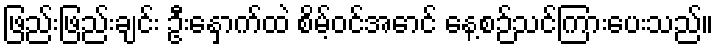
ဖြည်းဖြည်းချင်း ဦးနှောက်ထဲ စိမ့်ဝင်အောင် နေ့စဉ်သင်ကြားပေးသည်။